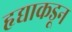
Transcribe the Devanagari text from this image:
हृद्याकडून